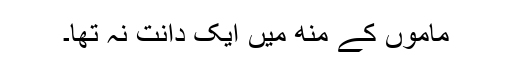
ماموں کے منھ میں ایک دانت نہ تھا۔